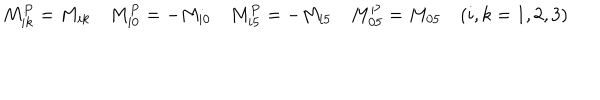
M _ { i k } ^ { P } = M _ { i k } \quad M _ { i 0 } ^ { P } = - M _ { i 0 } \quad M _ { i 5 } ^ { P } = - M _ { i 5 } \quad M _ { 0 5 } ^ { P } = M _ { 0 5 } \quad ( i , k = 1 , 2 , 3 )